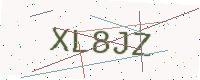
Text: XL8JZ